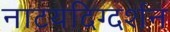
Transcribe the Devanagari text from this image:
नाटयदिग्दर्शन